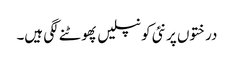
درختوں پر نئی کونپلیں پھوٹنے لگی ہیں۔